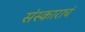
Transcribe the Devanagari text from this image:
संस्काराचं